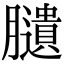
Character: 䑊